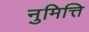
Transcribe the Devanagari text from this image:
नुमित्ति